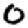
Digit: 0